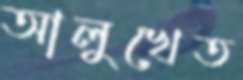
আলুখেত